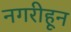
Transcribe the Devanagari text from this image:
नगरीहून